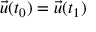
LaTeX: { \vec { u } } ( t _ { 0 } ) = { \vec { u } } ( t _ { 1 } )